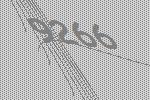
9266